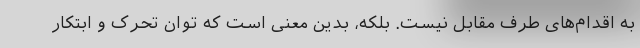
به اقدام‌های طرف مقابل نیست. بلکه، بدین معنی است که توان تحرک و ابتکار